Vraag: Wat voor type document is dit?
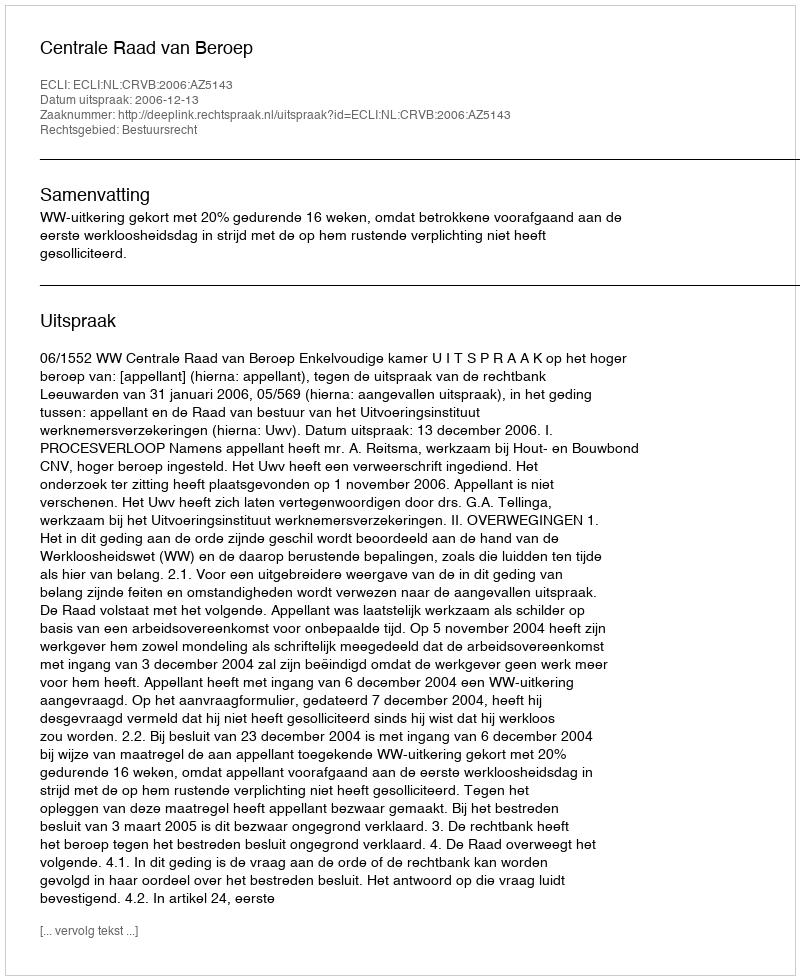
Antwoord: Uitspraak